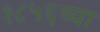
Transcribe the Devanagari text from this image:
१८५६च्या